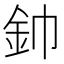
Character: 𮡥